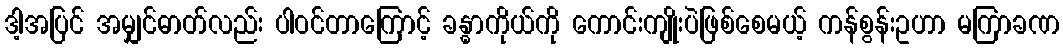
ဒါ့အပြင် အမျှင်ဓာတ်လည်း ပါဝင်တာကြောင့် ခန္ဓာကိုယ်ကို ကောင်းကျိုးပဲဖြစ်စေမယ့် ကန်စွန်းဥဟာ မကြာခဏ